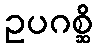
ဥပဂစ္ဆိ